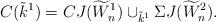
LaTeX: \begin{align*} C( \tilde{k}^1) = C J(\widetilde{W}^1_n) \cup_{\tilde{k}^1} \Sigma J( \widetilde{W}^2_n ).\end{align*}